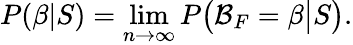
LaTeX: P(\beta|S)=\operatorname*{lim}_{n\rightarrow\infty}P\big(\mathcal{B}_{F}=\beta\big|S\big).